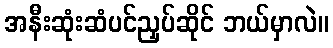
အနီးဆုံးဆံပင်ညှပ်ဆိုင် ဘယ်မှာလဲ။